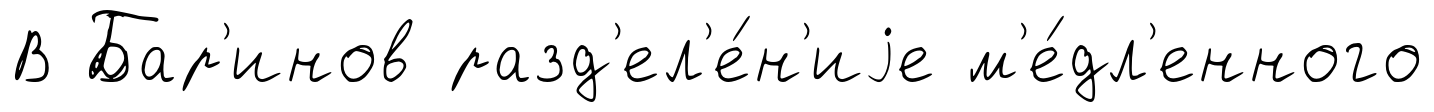
В Бар'инов разд'ел'е́н'иjе м'е́дл'енного